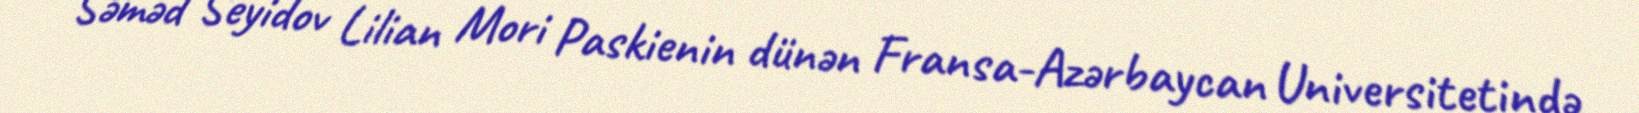
Səməd Seyidov Lilian Mori Paskienin dünən Fransa-Azərbaycan Universitetində